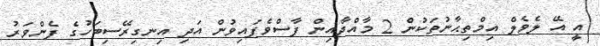
އީ އޭ ލެވެލް އިމްތިޙާނުތަކުން 2 މާއްދާއިން ފާސްވެފައިވުން އަދި އިނގިރޭސިބަހުގެ ފެންވަރު